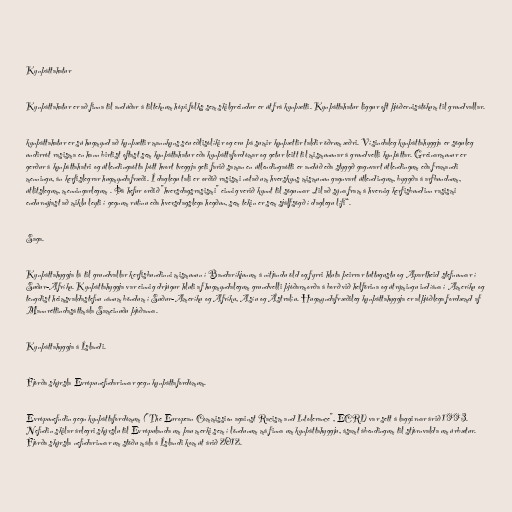
Kynþáttahatur

Kynþáttahatur er að finna til andúðar á tilteknum hópi fólks sem skilgreindur er út frá kynþætti. Kynþáttahatur liggur oft þjóðernisátökum til grundvallar.

kynþáttahatur er sú hugmynd að kynþættir mannkyns séu eðlisólíkir og eru þá sumir kynþættir taldir öðrum æðri. Vísindaleg kynþáttahyggja er söguleg
undirrót rasisma en hann birtist oftast sem kynþáttahatur eða kynþáttafordómar og getur leitt til mismununar á grundvelli kynþáttar. Greinarmunur er
gerður á kynþáttahatri og útlendingaótta þótt hvort tveggja geti farið saman en útlendingaótti er andúð eða styggð gagnvart útlendingum eða framandi
menningu, án kerfislegrar hugmyndafræði. Í daglegu tali er orðið rasismi notað um hverskyns mismunun gagnvart útlendingum, byggða á arfbundnum,
útlitslegum, menningarlegum . Þá hefur orðið "hversdagsrasismi" einnig verið kynnt til sögunnar „til að sýna fram á hvernig kerfisbundinn rasismi
endurnýjast að miklu leyti í gegnum rútínu eða hversdagslega hegðun, sem tekin er sem sjálfsögð í daglegu lífi“.

Saga.

Kynþáttahyggja lá til grundvallar kerfisbundinni mismunun í Bandaríkjunum á nítjándu öld og fyrri hluta þeirrar tuttugustu og Apartheid stefnunnar í
Suður-Afríku. Kynþáttahyggja var einnig drjúgur hluti af hugmyndalegum grundvelli þjóðarmorða á borð við helförina og útrýmingu indíána í Ameríku og
tengdist heimsvaldastefnu nánum böndum í Suður-Ameríku og Afríku, Asíu og Ástralíu. Hugmyndafræðileg kynþáttahyggja er alþjóðlega fordæmd af
Mannréttindasáttmála Sameinuðu þjóðanna.

Kynþáttahyggja á Íslandi.

Fjórða skýrsla Evrópunefndarinnar gegn kynþáttafordómum.

Evrópunefndin gegn kynþáttafordómum ("The European Commission against Racism and Intolerance", ECRI) var sett á laggirnar árið 1993.
Nefndin skilar árlegri skýrslu til Evrópulanda um þau merki sem í löndunum má finna um kynþáttahyggju, ásamt ábendingum til stjórnvalda um úrbætur.
Fjórða skýrsla nefndarinnar um stöðu mála á Íslandi kom út árið 2012.